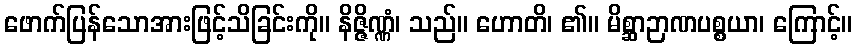
ဖောက်ပြန်သောအားဖြင့်သိခြင်းကို။ နိဇ္ဇိဏ္ဏံ၊ သည်။ ဟောတိ၊ ၏။ မိစ္ဆာဉာဏပစ္စယာ၊ ကြောင့်။